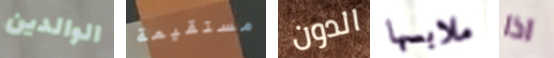
الوالدين مستقيمة الدون ملابسها اذا